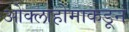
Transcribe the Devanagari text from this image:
ओक्लाहोमाकडून